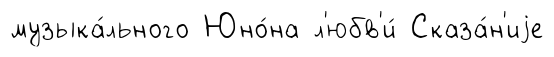
музыка́льного Юно́на л'юбв'и́ Сказа́н'иjе